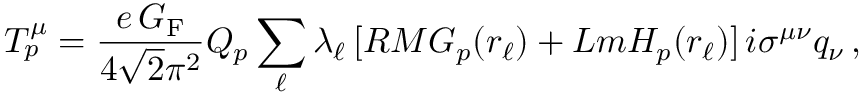
T _ { p } ^ { \mu } = \frac { e \, G _ { \mathrm { F } } } { 4 \sqrt { 2 } \pi ^ { 2 } } Q _ { p } \sum _ { \ell } \lambda _ { \ell } \, [ R M G _ { p } ( r _ { \ell } ) + L m H _ { p } ( r _ { \ell } ) ] \, i \sigma ^ { \mu \nu } q _ { \nu } \, ,